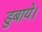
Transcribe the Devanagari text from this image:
डुबाये।